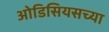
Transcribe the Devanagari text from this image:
ओडिसियसच्या